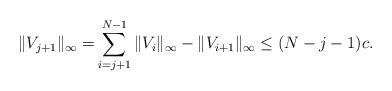
LaTeX: \begin{align*}\|V_{j+1}\|_\infty=&\sum_{i=j+1}^{N-1}\|V_i\|_\infty-\|V_{i+1}\|_\infty\leq (N-j-1)c_{}.\end{align*}